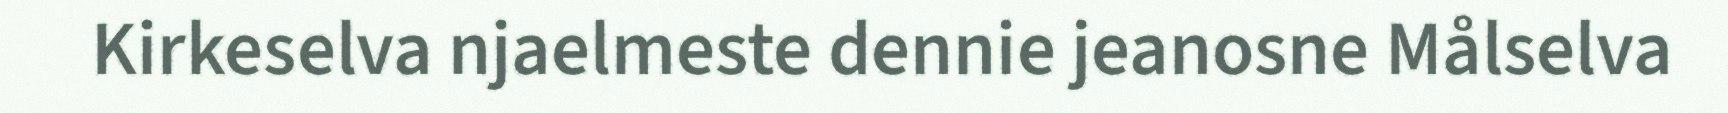
Kirkeselva njaelmeste dennie jeanosne Målselva